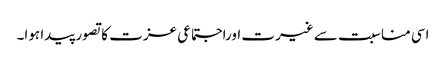
اسی مناسبت سے غیرت اوراجتماعی عزت کا تصور پیدا ہوا۔